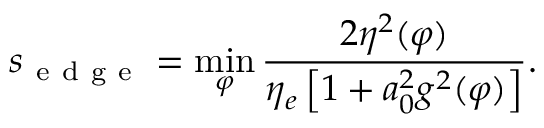
s _ { \mathrm { ~ e ~ d ~ g ~ e ~ } } = \operatorname* { m i n } _ { \varphi } \frac { 2 \eta ^ { 2 } ( \varphi ) } { \eta _ { e } \left[ 1 + a _ { 0 } ^ { 2 } g ^ { 2 } ( \varphi ) \right] } .